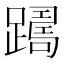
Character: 𨅡